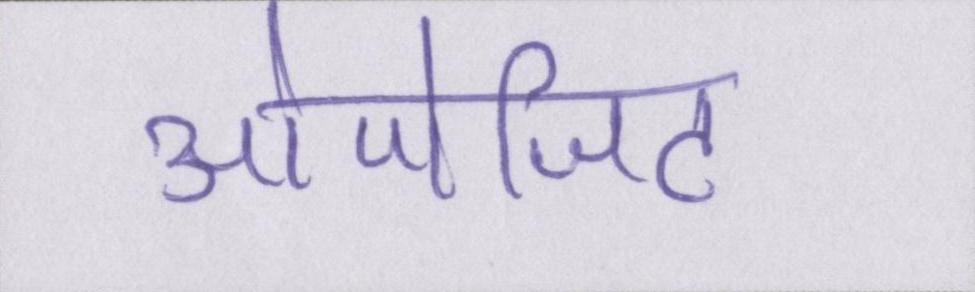
ओपोजिट